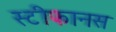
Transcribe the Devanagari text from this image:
स्टीफानस